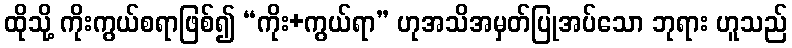
ထိုသို့ ကိုးကွယ်စရာဖြစ်၍ “ကိုး+ကွယ်ရာ” ဟုအသိအမှတ်ပြုအပ်သော ဘုရား ဟူသည်